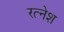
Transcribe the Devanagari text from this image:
रत्‍नेश